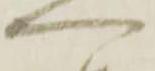
へ